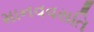
માનવવસતિ